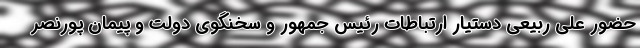
حضور علی ربیعی دستیار ارتباطات رئیس جمهور و سخنگوی دولت و پیمان پورنصر